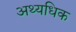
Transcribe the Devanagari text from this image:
अथ्यधिक